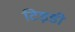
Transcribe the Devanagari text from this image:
टिड़डी